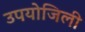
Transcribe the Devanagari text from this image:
उपयोजिली